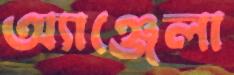
অ্যাঞ্জেলা